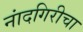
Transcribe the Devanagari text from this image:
नांदगिरीचा